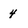
Character: 4